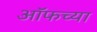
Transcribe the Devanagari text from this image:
ऑफच्या